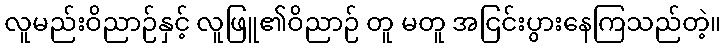
လူမည်းဝိညာဉ်နှင့် လူဖြူ၏ဝိညာဉ် တူ မတူ အငြင်းပွားနေကြသည်တဲ့။